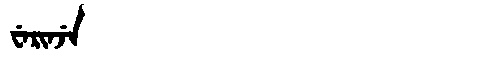
Manchu: ᠸᡝᡵᡳᠨᠵᡝ
Romanization: WERINJE